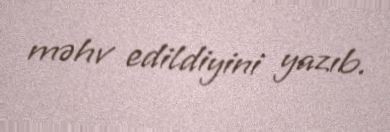
məhv edildiyini yazıb.